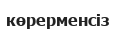
көрерменсіз